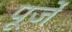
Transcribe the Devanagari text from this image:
पूर्जे